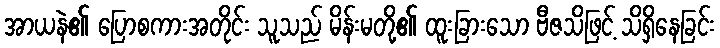
အာယနဲ၏ ပြောစကားအတိုင်း သူသည် မိန်းမတို့၏ ထူးခြားသော ဗီဇသိဖြင့် သိရှိနေခြင်း